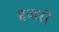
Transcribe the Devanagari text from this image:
हजरों